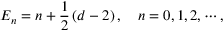
E _ { n } = n + \frac { 1 } { 2 } \left( d - 2 \right) , \quad n = 0 , 1 , 2 , \cdots ,